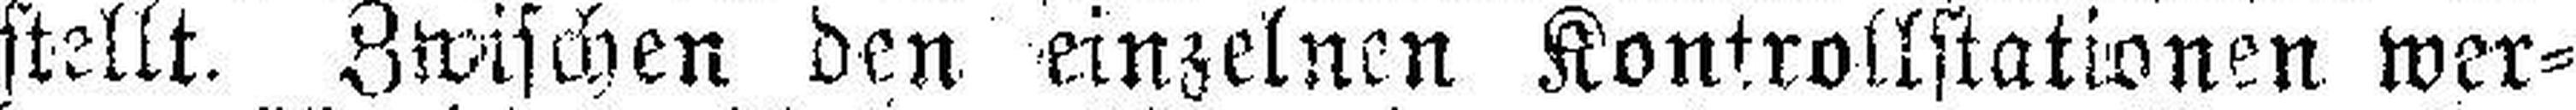
stellt. Zwischen den einzelnen Kontrollstationen wer¬